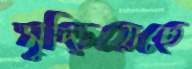
মুচ্‌ড়িয়েছে